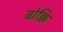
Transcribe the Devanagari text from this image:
बोक्कि